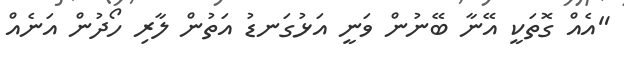
"އެއް ގޮތަކީ އޭނާ ބޭނުން ވަނީ އަޅުގަނޑު އަތުން ލާރި ހޯދުން އަނެއް